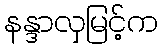
နန္ဒာလှမြင့်က